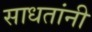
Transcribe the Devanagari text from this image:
साधतांनी